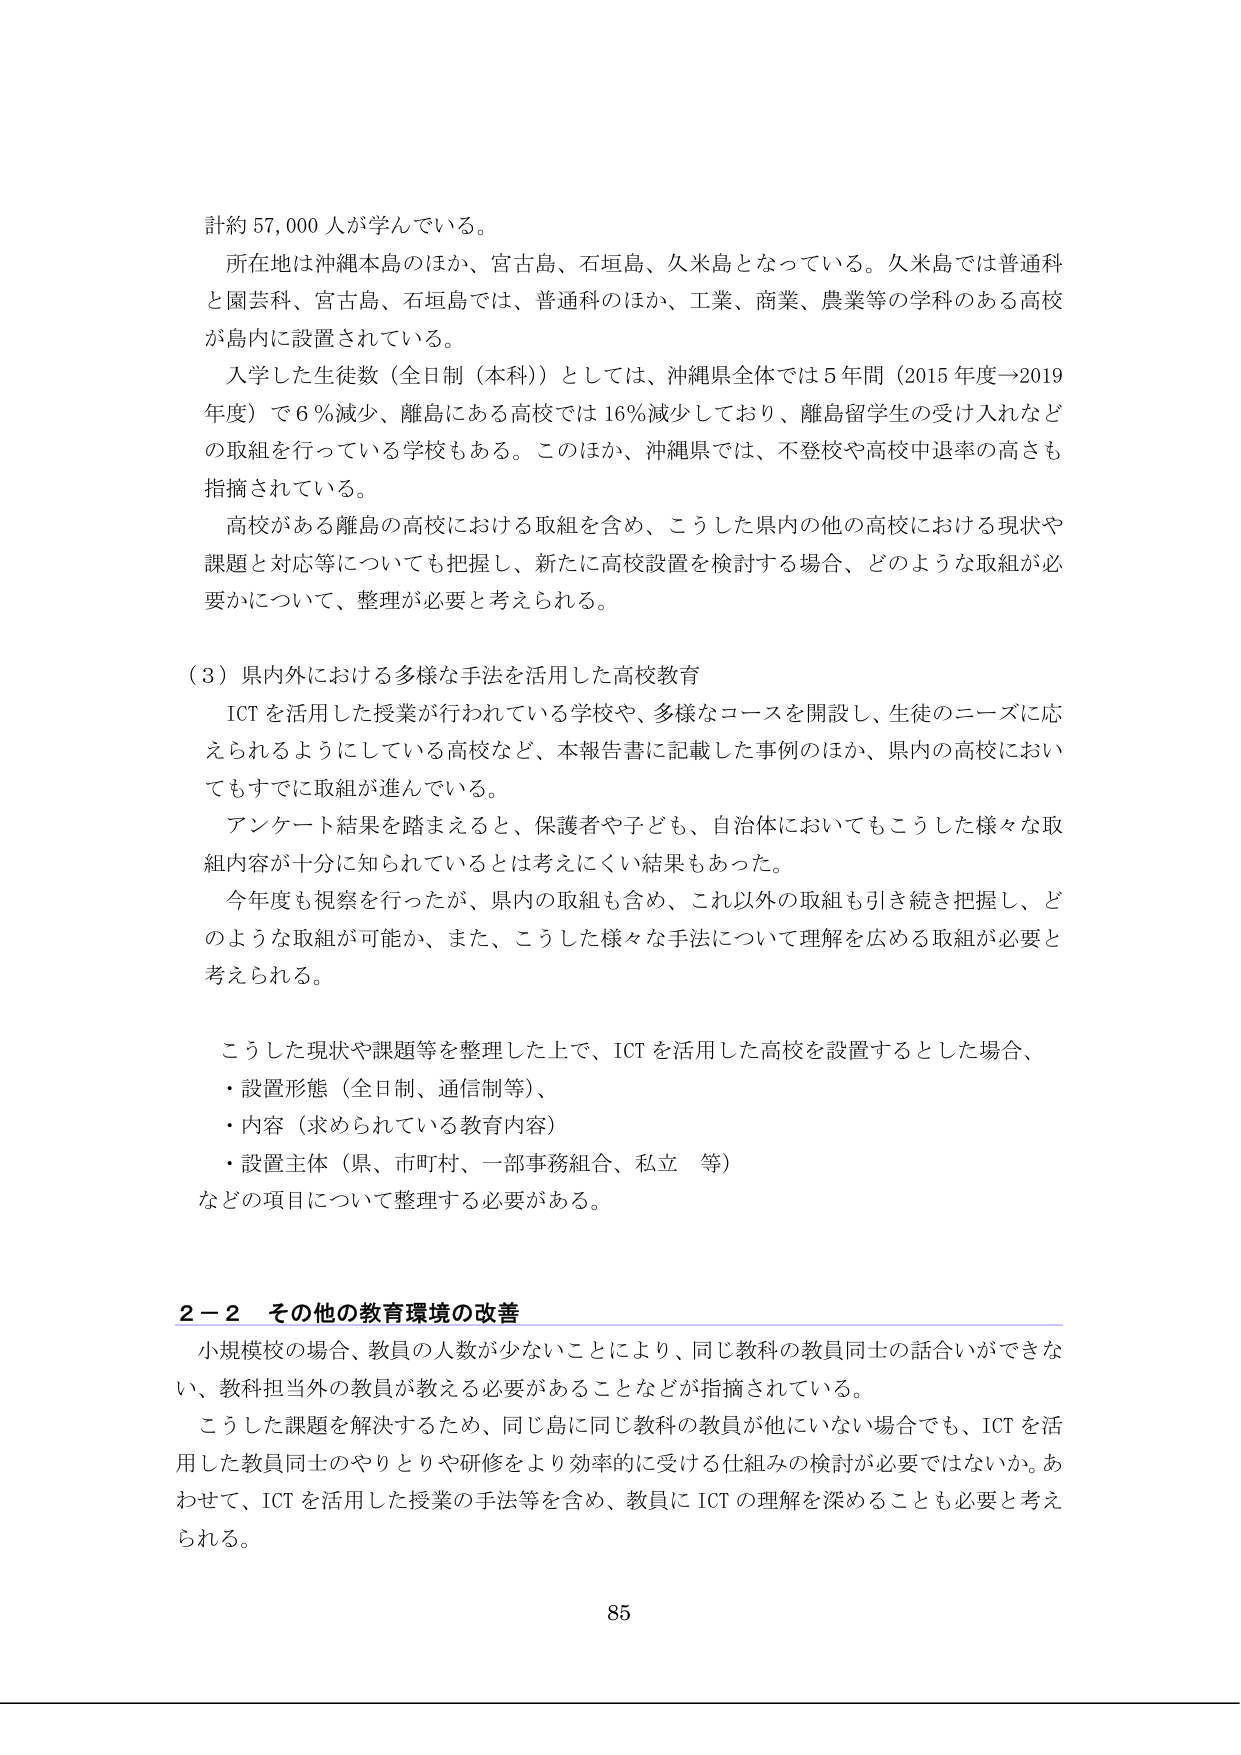
計約 57,000 人が学んでいる。

所在地は沖縄本島のほか、宮古島、石垣島、久米島となっている。久米島では普通科と園芸科、宮古島、石垣島では、普通科のほか、工業、商業、農業等の学科のある高校が島内に設置されている。

入学した生徒数（全日制（本科））としては、沖縄県全体では 5 年間（2015 年度→2019 年度）で 6 ％減少、離島にある高校では 16％減少しており、離島留学生の受け入れなどの取組を行っている学校もある。このほか、沖縄県では、不登校や高校中退率の高さも指摘されている。

高校がある離島の高校における取組を含め、こうした県内の他の高校における現状や課題と対応等についても把握し、新たに高校設置を検討する場合、どのような取組が必要かについて、整理が必要と考えられる。

（3）県内外における多様な手法を活用した高校教育

ICT を活用した授業が行われている学校や、多様なコースを開設し、生徒のニーズに応えられるようにしている高校など、本報告書に記載した事例のほか、県内の高校においてもすでに取組が進んでいる。

アンケート結果を踏まえると、保護者や子ども、自治体においてもこうした様々な取組内容が十分に知られているとは考えにくい結果もあった。

今年度も視察を行ったが、県内の取組も含め、これ以外の取組も引き続き把握し、どのような取組が可能か、また、こうした様々な手法について理解を広める取組が必要と考えられる。

こうした現状や課題等を整理した上で、ICT を活用した高校を設置するとした場合、

・設置形態（全日制、通信制等）、
・内容（求められている教育内容）
・設置主体（県、市町村、一部事務組合、私立　等）

などの項目について整理する必要がある。

2－2　その他の教育環境の改善

小規模校の場合、教員の人数が少ないことにより、同じ教科の教員同士の話合いができない、教科担当外の教員が教える必要があることなどが指摘されている。

こうした課題を解決するため、同じ島に同じ教科の教員が他にいない場合でも、ICT を活用した教員同士のやりとりや研修をより効率的に受ける仕組みの検討が必要ではないか。あわせて、ICT を活用した授業の手法等を含め、教員に ICT の理解を深めることも必要と考えられる。

85